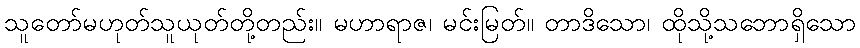
သူတော်မဟုတ်သူယုတ်တို့တည်း။ မဟာရာဇ၊ မင်းမြတ်။ တာဒိသော၊ ထိုသို့သဘောရှိသော